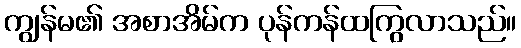
ကျွန်မ၏ အစာအိမ်က ပုန်ကန်ထကြွလာသည်။